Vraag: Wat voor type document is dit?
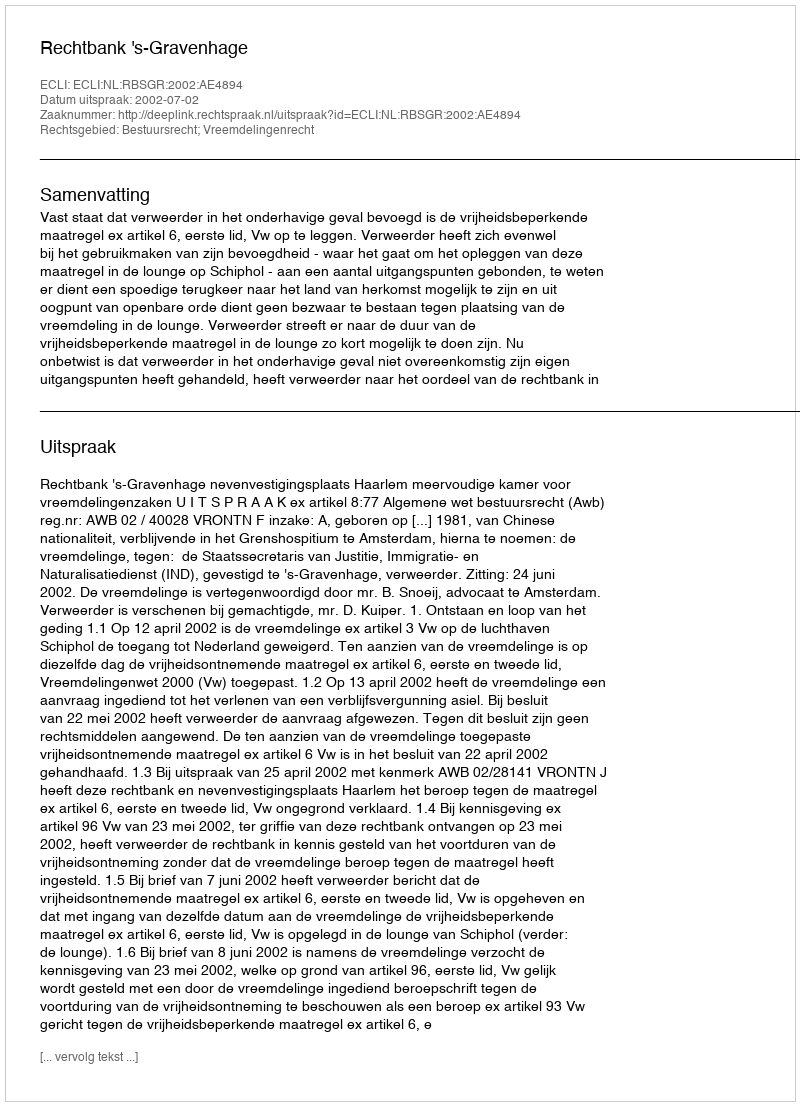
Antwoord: Uitspraak